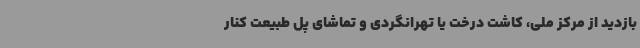
بازدید از مرکز ملی، کاشت درخت یا تهرانگردی و تماشای پل طبیعت کنار